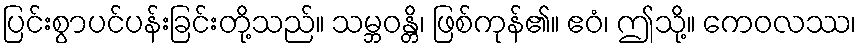
ပြင်းစွာပင်ပန်းခြင်းတို့သည်။ သမ္ဘဝန္တိ၊ ဖြစ်ကုန်၏။ ဧဝံ၊ ဤသို့။ ကေဝလဿ၊